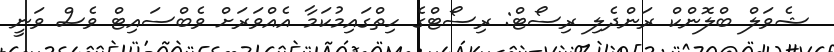
ޝެވަލް ބްލޮންކް ރަންދެލި ރިސޯޓް: ރިސޯޓްގެ ހިތްގައިމުކަމާ އެއްވަރަށް ވެބްސައިޓް ވެސް ވަނީ